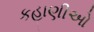
કહાણીઓ